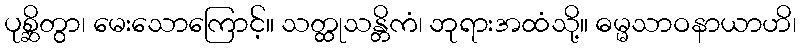
ပုစ္ဆိတွာ၊ မေးသောကြောင့်။ သတ္ထုသန္တိကံ၊ ဘုရားအထံသို့။ ဓမ္မသာဝနာယာဟိ၊